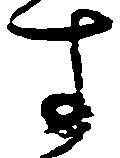
す